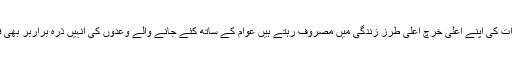
اپنے مالی مفادات کی اپنے اعلیٰ خرچ اعلیٰ طرزِ زندگی میں مصروف رہتے ہیں عوام کے ساتھ کئے جانے والے وعدوں کی انہیں ذرہ براربر بھی فکر نہیں ہوتی۔